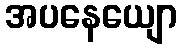
အပနေယျော